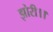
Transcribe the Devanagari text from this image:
झोरी।।